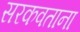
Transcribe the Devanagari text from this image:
सरकवताना